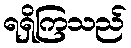
ရရှိကြသည်